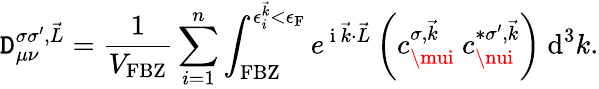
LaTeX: \mathtt{D}_{\mu\nu}^{\sigma\sigma^{\prime},\vec{{L}}}=\frac{{1}}{{V_{\textrm{{FBZ}}}}}\sum_{i=1}^{n}\int_{\textrm{{FBZ}}}^{\epsilon_{i}^{\vec{{k}}}<\epsilon_{\textrm{{F}}}}e^{\mathrm{{~i~}}\vec{{k}}\cdot\vec{{L}}}\left(c_{\mui}^{\sigma,\vec{{k}}}~c_{\nui}^{*\sigma^{\prime},\vec{{k}}}\right)~\textrm{{d}}^{3}k.